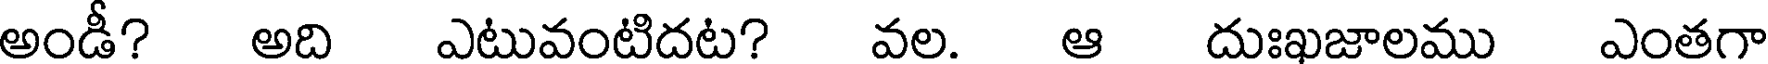
అండీ? అది ఎటువంటిదట? వల. ఆ దుఃఖజాలము ఎంతగా